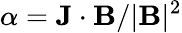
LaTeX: \alpha=\textbf{J}\cdot\textbf{B}/|\textbf{B}|^{2}